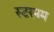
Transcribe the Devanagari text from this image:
स्टरनम